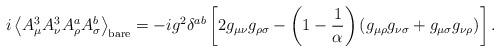
LaTeX: \begin{align*}i\left<A_\mu^3A_\nu^3 A_\rho^aA_\sigma^b\right>_{\rm bare} =-ig^2\delta^{ab} \left[2g_{\mu\nu}g_{\rho\sigma} -\left(1-\frac1\alpha\right) (g_{\mu\rho}g_{\nu\sigma}+g_{\mu\sigma}g_{\nu\rho})\right].\end{align*}